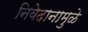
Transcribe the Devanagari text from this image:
निवेदानामुळे